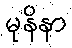
မုနိနာ